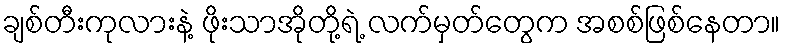
ချစ်တီးကုလားနဲ့ ဖိုးသာအိုတို့ရဲ့ လက်မှတ်တွေက အစစ်ဖြစ်နေတာ။